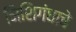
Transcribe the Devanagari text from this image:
निशिगंधाचे